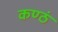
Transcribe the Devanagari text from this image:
कण्ठं